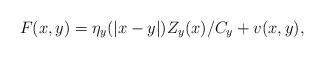
LaTeX: \begin{align*} F(x,y)=\eta_y(|x-y|) Z_y(x)/C_y +v(x,y), \end{align*}